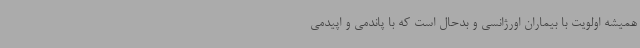
همیشه اولویت با بیماران اورژانسی و بدحال است که با پاندمی و اپیدمی